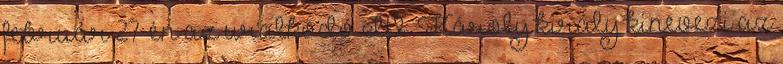
február 27-én az uralkodó IV. Károly király kinevezi az